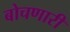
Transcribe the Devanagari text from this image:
बोचणारी